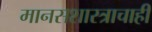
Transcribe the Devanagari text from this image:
मानसशास्त्राचाही